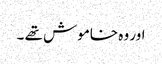
اور وہ خاموش تھے ۔